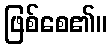
ဖြစ်စေ၏။